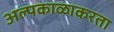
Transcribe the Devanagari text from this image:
अल्पकाळाकरता